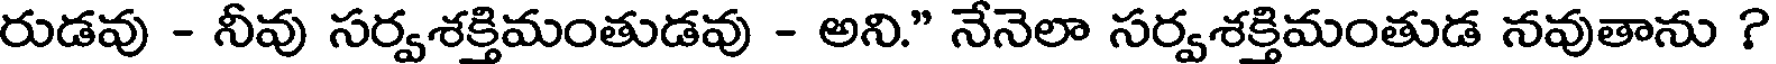
రుడవు - నీవు సర్వశక్తిమంతుడవు - అని." నేనెలా సర్వశక్తిమంతుడ నవుతాను ?